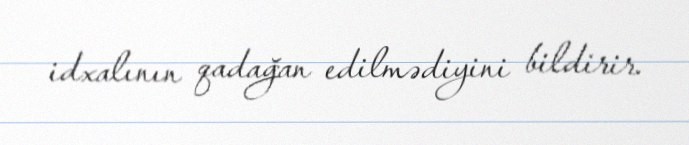
idxalının qadağan edilmədiyini bildirir.